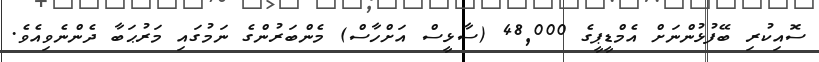
ސޮއިކުރި ބޭފުޅުންނަށް އެމްޑީޕީގެ 48